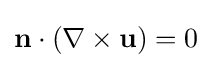
\mathbf {n} \cdot (\nabla \times \mathbf {u} )=0